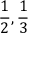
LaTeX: { \frac { 1 } { 2 } } , { \frac { 1 } { 3 } }